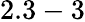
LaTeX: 2.3-3